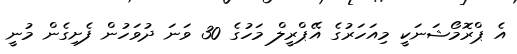
އެ ޕްރޮމޯޝަނަކީ މިއަހަރުގެ އޭޕްރީލް މަހުގެ 30 ވަނަ ދުވަހުން ފެށިގެން މުނީ